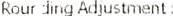
ROUR DING ADJUSTMENT: